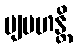
ဗျပဟန္တိ